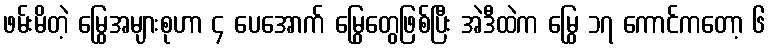
ဖမ်းမိတဲ့ မြွေအများစုဟာ ၄ ပေအောက် မြွေတွေဖြစ်ပြီး အဲဒီထဲက မြွေ ၁၇ ကောင်ကတော့ ၆